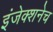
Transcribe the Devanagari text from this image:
इंजेक्शनेच